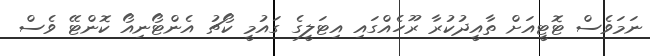
ނަމަވެސް ޓޮޓީއަށް ތާއީދުކުރާ ރޫހެއްގައި އިޓަލީގެ ގައުމީ ކޯޗު އެންޓޯނިއޯ ކޮންޓޭ ވެސް